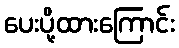
ပေးပို့ထားကြောင်း